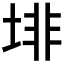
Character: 𱖾